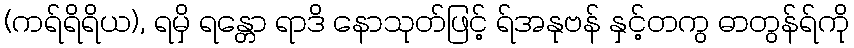
(ကရ်ရိရိယ), ရမှိ ရန္တော ရာဒိ နောသုတ်ဖြင့် ရ်အနုဗန် နှင့်တကွ ဓာတွန်ရ်ကို